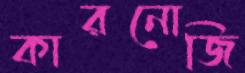
কারনোজি